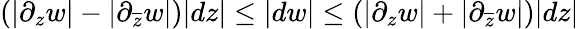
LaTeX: \left(|\partial_{z}w|-|\partial_{\overline{{z}}}w|\right)|dz|\leq|dw|\leq\left(|\partial_{z}w|+|\partial_{\overline{{z}}}w|\right)|dz|